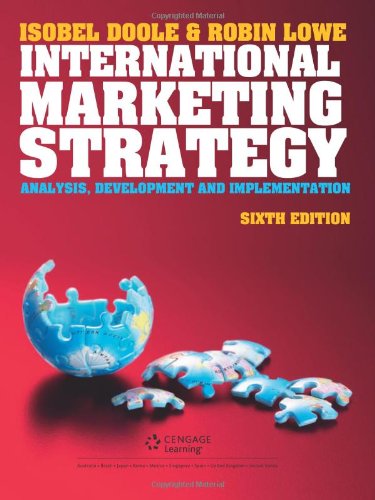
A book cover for International Marketing Strategy.; Isobel Doole; Business & Money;